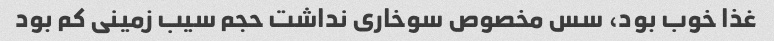
غذا خوب بود، سس مخصوص سوخاری نداشت حجم سیب زمینی کم بود